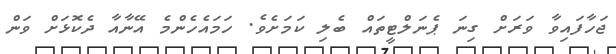
ޖަހާފައިވާ ވަރަށް ގިނަ ޕެނަލްޓީތައް ބެލި ކަމަށެވެ. ހަމައެހެންމެ އޭނާއާ ދެކޮޅަށް ވަން